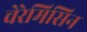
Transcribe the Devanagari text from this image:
चेरेमिसिन